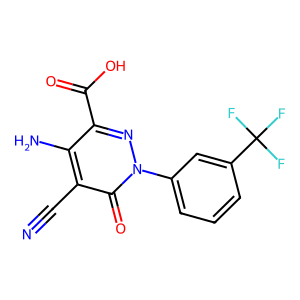
SMILES: N#Cc1c(N)c(C(=O)O)nn(-c2cccc(C(F)(F)F)c2)c1=O
Inhibits HIV replication: No